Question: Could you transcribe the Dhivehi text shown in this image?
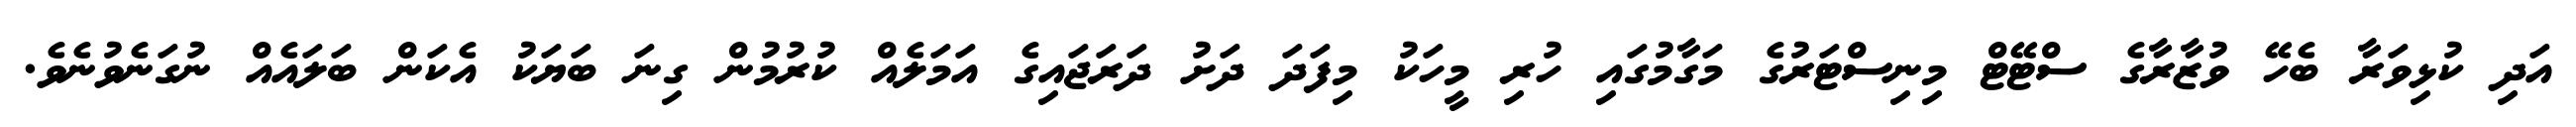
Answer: އަދި ކުޅިވަރާ ބެހޭ ވުޒާރާގެ ސްޓޭޓް މިނިސްޓަރުގެ މަގާމުގައި ހުރި މީހަކު މިފަދަ ދަށު ދަރަޖައިގެ އަމަލެއް ކުރުމުން ގިނަ ބަޔަކު އެކަން ބަލައެއް ނުގަނެވުނެވެ.